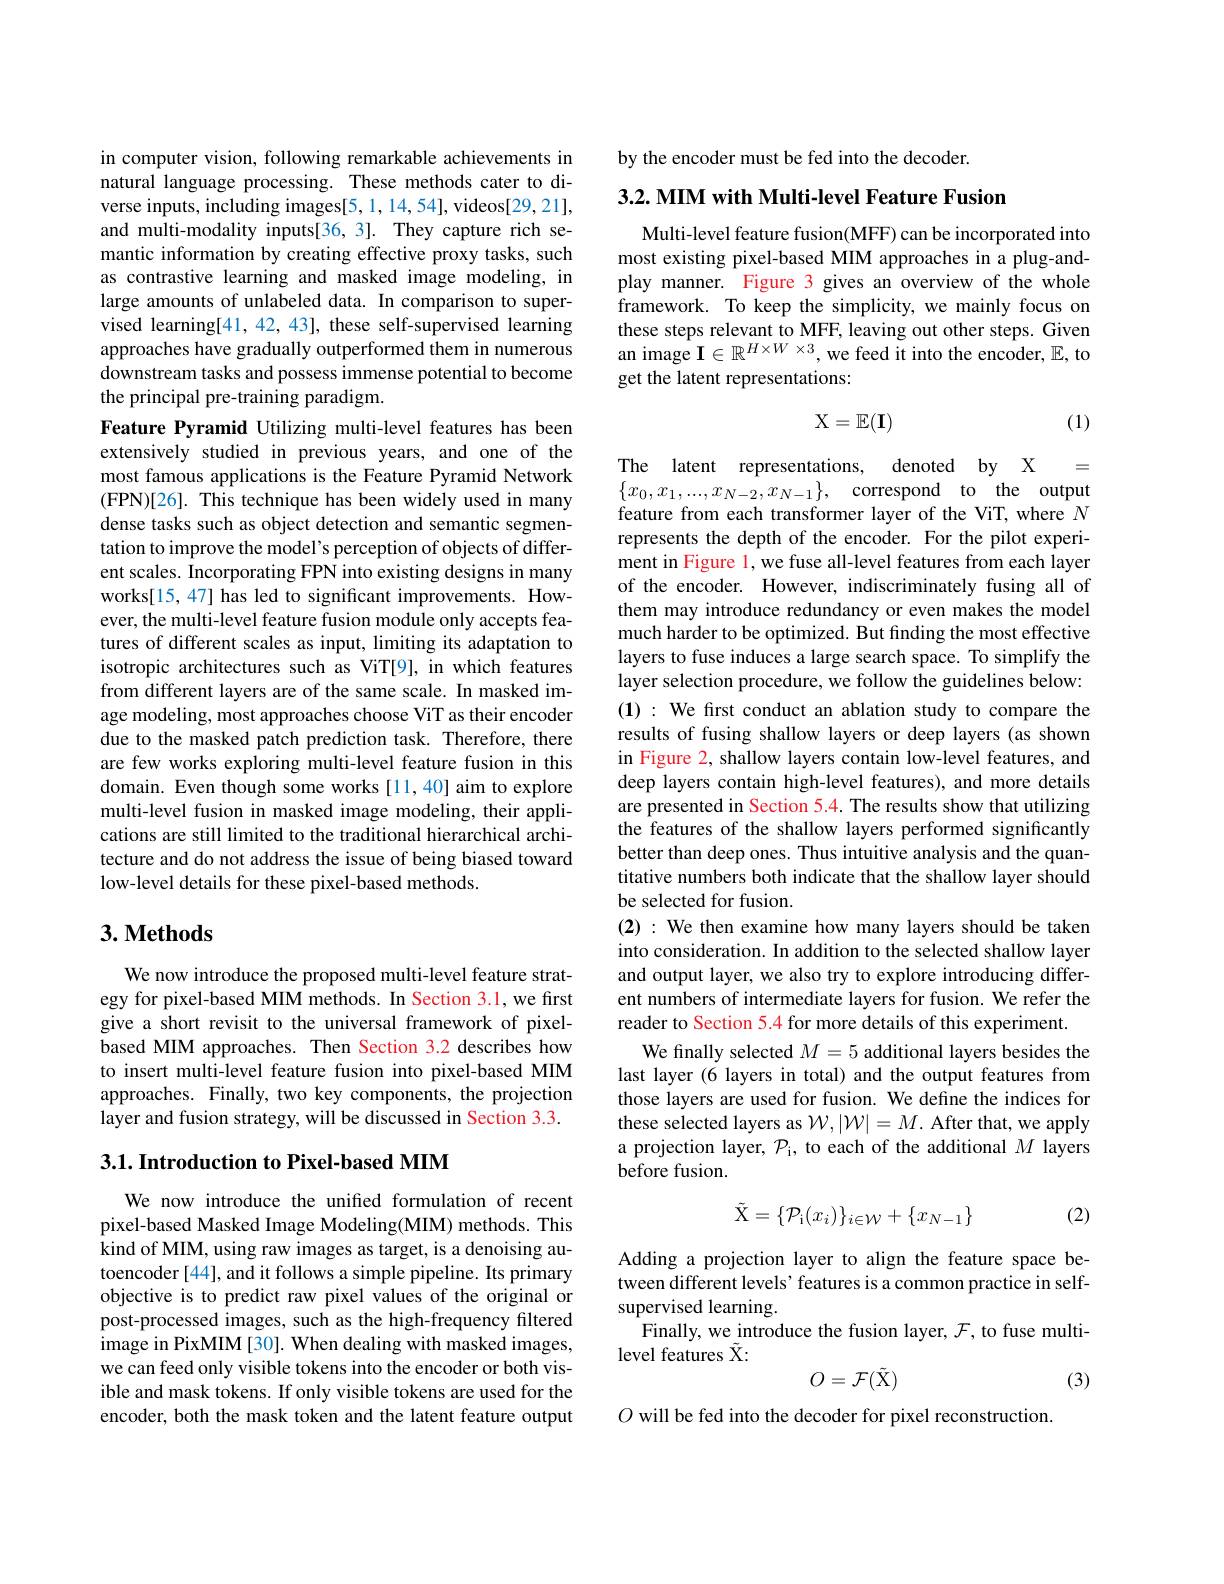
in computer vision, following remarkable achievements in natural language processing. These methods cater to diverse inputs, including images[5,1,14,54], videos[29,21], and multi-modality inputs[36, 3]. They capture rich semantic information by creating effective proxy tasks, such as contrastive learning and masked image modeling, in large amounts of unlabeled data. In comparison to supervised learning[41,42,43], these self-supervised learning approaches have gradually outperformed them in numerous downstream tasks and possess immense potential to become the principal pre-training paradigm.
Feature Pyramid Utilizing multi-level features has been extensively studied in previous years, and one of the most famous applications is the Feature Pyramid Network (FPN)[26]. This technique has been widely used in many dense tasks such as object detection and semantic segmentation to improve the model's perception of objects of different scales. Incorporating FPN into existing designs in many works[15, 47] has led to significant improvements. However, the multi-level feature fusion module only accepts features of different scales as input, limiting its adaptation to isotropic architectures such as ViT[9], in which features from different layers are of the same scale. In masked image modeling, most approaches choose ViT as their encoder due to the masked patch prediction task. Therefore, there are few works exploring multi-level feature fusion in this domain. Even though some works [11,40] aim to explore multi-level fusion in masked image modeling, their applications are still limited to the traditional hierarchical architecture and do not address the issue of being biased toward low-level details for these pixel-based methods.

## 3. Methods

We now introduce the proposed multi-level feature strategy for pixel-based MIM methods. In Section 3.1, we first give a short revisit to the universal framework of pixelbased MIM approaches. Then Section 3.2 describes how to insert multi-level feature fusion into pixel-based MIM approaches. Finally, two key components, the projection layer and fusion strategy, will be discussed in Section 3.3.

### 3.1. Introduction to Pixel-based MIM

We now introduce the unified formulation of recent pixel-based Masked Image Modeling(MIM) methods. This kind of MIM, using raw images as target, is a denoising autoencoder [44], and it follows a simple pipeline. Its primary objective is to predict raw pixel values of the original or post-processed images, such as the high-frequency filtered image in PixMIM [30]. When dealing with masked images, we can feed only visible tokens into the encoder or both visible and mask tokens. If only visible tokens are used for the encoder, both the mask token and the latent feature output

by the encoder must be fed into the decoder.

3.2. MIM with Multi-level Feature Fusion

Multi-level feature fusion(MFF) can be incorporated into most existing pixel-based MIM approaches in a plug-andplay manner. Figure 3 gives an overview of the whole framework. To keep the simplicity, we mainly focus on these steps relevant to MFF, leaving out other steps. Given an image $\mathbf{I}\in\mathbb{R}^{H\times W\times3}$, we feed it into the encoder, $\mathbb{E}$,to get the latent representations:
$$\mathrm X=\mathbb E(\mathbf I)$$
(1)

The latent representations, denoted by X = $\{ x_{0}, x_{1}, . . . , x_{N- 2}, x_{N- 1}\} $, correspond to the output feature from each transformer layer of the ViT, where $N$ represents the depth of the encoder. For the pilot experiment in Figure l, we fuse all-level features from each layer of the encoder. However, indiscriminately fusing all of them may introduce redundancy or even makes the model much harder to be optimized. But finding the most effective layers to fuse induces a large search space. To simplify the layer selection procedure, we follow the guidelines below: (1): We first conduct an ablation study to compare the results of fusing shallow layers or deep layers (as shown in Figure 2, shallow layers contain low-level features, and deep layers contain high-level features), and more details are presented in Section 5.4. The results show that utilizing the features of the shallow layers performed significantly better than deep ones. Thus intuitive analysis and the quantitative numbers both indicate that the shallow layer should be selected for fusion.
(2): We then examine how many layers should be taken into consideration. In addition to the selected shallow layer and output layer, we also try to explore introducing different numbers of intermediate layers for fusion. We refer the reader to Section 5.4 for more details of this experiment.
We finally selected $M=5$ additional layers besides the last layer (6 layers in total) and the output features from those layers are used for fusion. We define the indices for these selected layers as $\mathcal{W},|\mathcal{W}|=M.$ After that, we apply a projection layer, $\mathcal{P}_\mathrm{i}$, to each of the additional $M$ layers before fusion.
$$\tilde{\mathrm{X}}=\{\mathcal{P}_{\mathrm{i}}(x_{i})\}_{i\in\mathcal{W}}+\{x_{N-1}\}$$
(2)

Adding a projection layer to align the feature space between different levels' features is a common practice in selfsupervised learning.
Finally, we introduce the fusion layer, $\mathcal{F}$, to fuse multi-
level features $\tilde{\mathrm{X}}:$
$$O=\mathcal{F}(\tilde{\mathrm{X}})$$
(3)

$O$ will be fed into the decoder for pixel reconstruction.